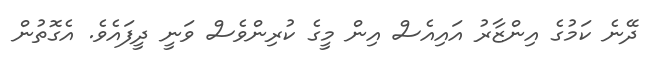
ދޭނެ ކަމުގެ އިންޒާރު އައިއެސް އިން މީގެ ކުރިންވެސް ވަނީ ދީފައެވެ. އެގޮތުން